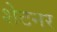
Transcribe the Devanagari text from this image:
शेटनर